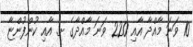
10 ވަނަ މާއްދާ އާއި 220 ވަނަ މާއްދާގެ ށ. އާއި ކުންފުންޏާ